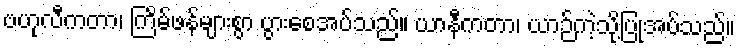
ဗဟုလီကတာ၊ ကြိမ်ဖန်များစွာ ပွားစေအပ်သည်။ ယာနီကတာ၊ ယာဉ်ကဲ့သို့ပြုအပ်သည်။